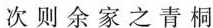
次则余家之青桐